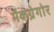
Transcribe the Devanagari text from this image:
मैकग्रेगोर